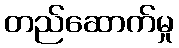
တည်ဆောက်မှု